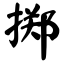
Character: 掷